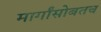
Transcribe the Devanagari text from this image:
मार्गांसोबतच